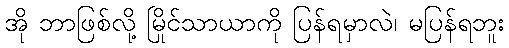
အို ဘာဖြစ်လို့ မြိုင်သာယာကို ပြန်ရမှာလဲ၊ မပြန်ရဘူး